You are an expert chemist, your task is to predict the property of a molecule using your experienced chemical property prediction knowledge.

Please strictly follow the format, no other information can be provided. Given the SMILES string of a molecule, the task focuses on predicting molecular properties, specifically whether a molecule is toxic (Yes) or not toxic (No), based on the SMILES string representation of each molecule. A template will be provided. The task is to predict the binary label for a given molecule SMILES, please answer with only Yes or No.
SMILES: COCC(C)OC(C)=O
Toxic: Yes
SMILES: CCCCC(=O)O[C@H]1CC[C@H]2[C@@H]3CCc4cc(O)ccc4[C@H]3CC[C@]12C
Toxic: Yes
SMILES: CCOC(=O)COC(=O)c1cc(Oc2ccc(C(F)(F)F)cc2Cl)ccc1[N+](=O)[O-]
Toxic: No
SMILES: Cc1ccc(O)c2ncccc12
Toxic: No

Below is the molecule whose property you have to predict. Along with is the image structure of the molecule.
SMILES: CCCCCC(CC)OC(=O)CCCOc1ccc(Cl)cc1Cl
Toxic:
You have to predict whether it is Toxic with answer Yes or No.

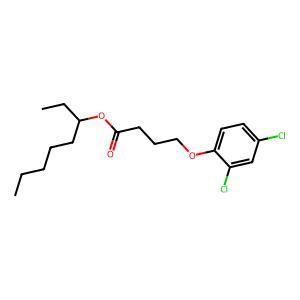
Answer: No